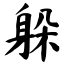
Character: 躲